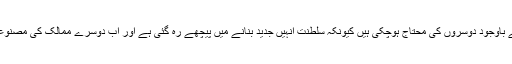
بحریہ اور برّی افواج، دونوں قدیم ہونے کے باوجود دوسروں کی محتاج ہوچکی ہیں کیونکہ سلطنت انہیں جدید بنانے میں پیچھے رہ گئی ہے اور اب دوسرے ممالک کی مصنوعات اور عملی تربیت پر انحصار کرتی ہے۔